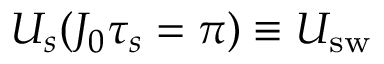
U _ { s } ( J _ { 0 } \tau _ { s } = \pi ) \equiv U _ { \mathrm { { s w } } }